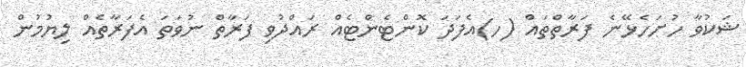
ޝަކުވާ ހުށަހެޅޭނެ ފަރާތްތައް (ހ)އެފަދަ ކޮންޓެންޓެއް ރައްދުވި ފަރާތް ނުވަތަ އެފަރާތެއް ލިޔުމުން